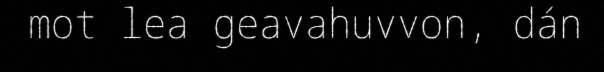
mot lea geavahuvvon, dán